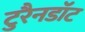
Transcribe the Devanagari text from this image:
टुरैनडॉट